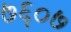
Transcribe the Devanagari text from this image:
७६०७